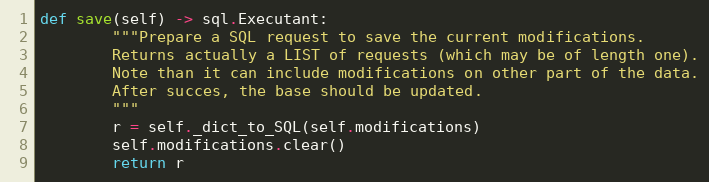
Language: Python
def save(self) -> sql.Executant:
        """Prepare a SQL request to save the current modifications.
        Returns actually a LIST of requests (which may be of length one).
        Note than it can include modifications on other part of the data.
        After succes, the base should be updated.
        """
        r = self._dict_to_SQL(self.modifications)
        self.modifications.clear()
        return r